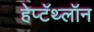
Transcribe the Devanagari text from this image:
हेप्टॅथ्‍लॉन